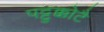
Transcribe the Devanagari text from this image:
पट्टुक्कोटै